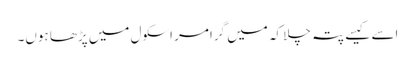
اسے کیسے پتہ چلا کہ میں گرامر اسکول میں پڑھا ہوں۔